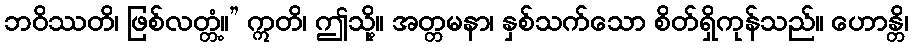
ဘဝိဿတိ၊ ဖြစ်လတ္တံ့။” ဣတိ၊ ဤသို့။ အတ္တမနာ၊ နှစ်သက်သော စိတ်ရှိကုန်သည်။ ဟောန္တိ၊